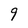
Character: 9